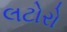
લટોરો